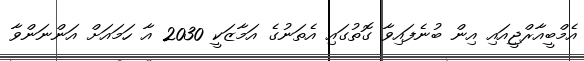
އެމްބީއާރްޖީއައި އިން ބުނެފައިވާ ގޮތުގައި އެތަނުގެ އަމާޒަކީ 2030 އާ ހަމައަށް އަންނަންވާ